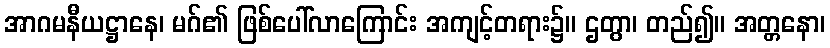
အာဂမနီယဋ္ဌာနေ၊ မဂ်၏ ဖြစ်ပေါ်လာကြောင်း အကျင့်တရား၌။ ဌတွာ၊ တည်၍။ အတ္တနော၊